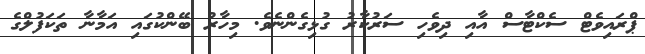
ޕްރައިވެޓް ސެކްޓާސް އާއި ދިވެހި ސަރުކާރު ގުޅިގެންނެވެ. މިހާރު ބޭންކުގައި އަމާނާ ތަކަފުލްގެ